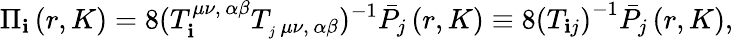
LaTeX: \Pi_{\mathbf{i}}\left(r,K\right)=8(T_{\mathbf{i}}^{\mu\nu,\, \alpha\beta}T_{_j\, \mu\nu,\, \alpha\beta})^{-1}\bar{{P}}_{j}\left(r,K\right)\equiv8\left(T_{\mathbf{i}j}\right)^{-1}\bar{{P}}_{j}\left(r,K\right),